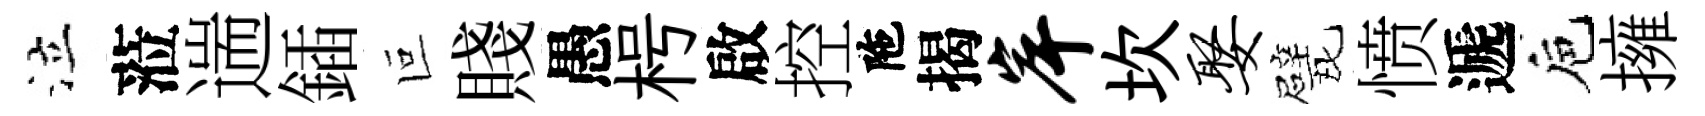
泣蒞遄鍤叵賤愚枵啟控陁揭岸坎娶戏愤遞巵擁